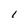
Character: l